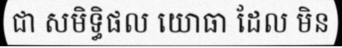
ជា សមិទ្ធិផល យោធា ដែល មិន